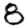
Digit: 8